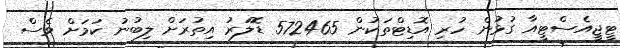
ޓީޖީއެސްޓީއާ ގުޅުން ހުރި އޮޑިޓްތަކުން 572465 ޑޮލަރު އިތުރަށް ލިބުނު ކަމަށް ވެސް